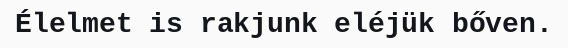
Élelmet is rakjunk eléjük bőven.